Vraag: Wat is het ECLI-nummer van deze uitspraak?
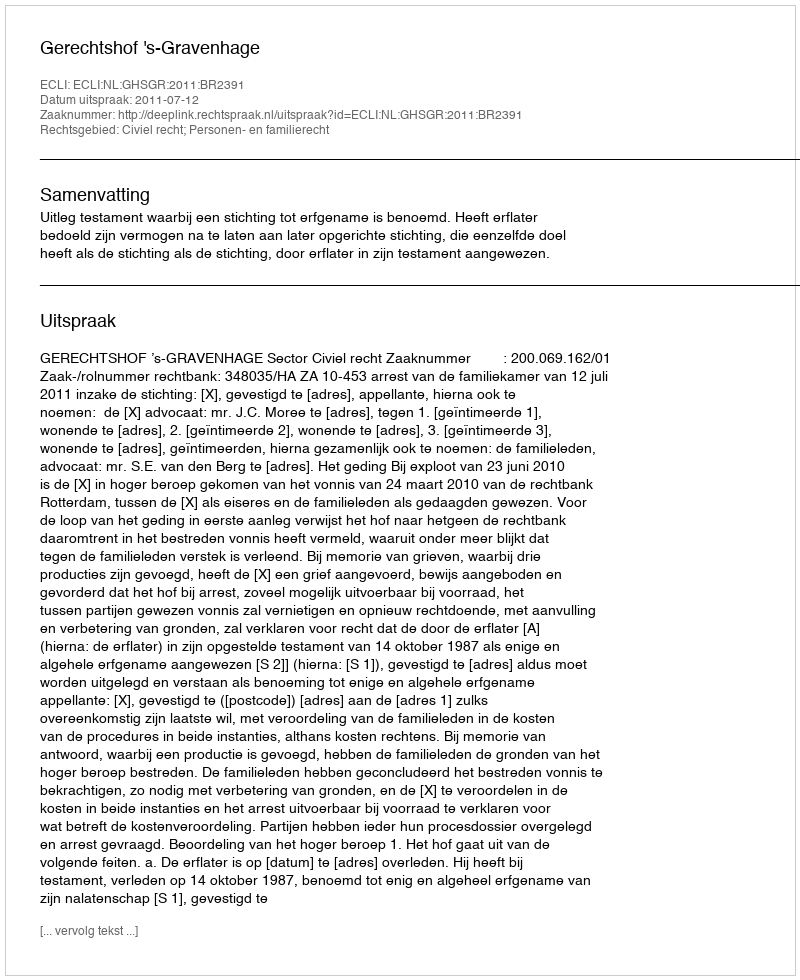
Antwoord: ECLI:NL:GHSGR:2011:BR2391